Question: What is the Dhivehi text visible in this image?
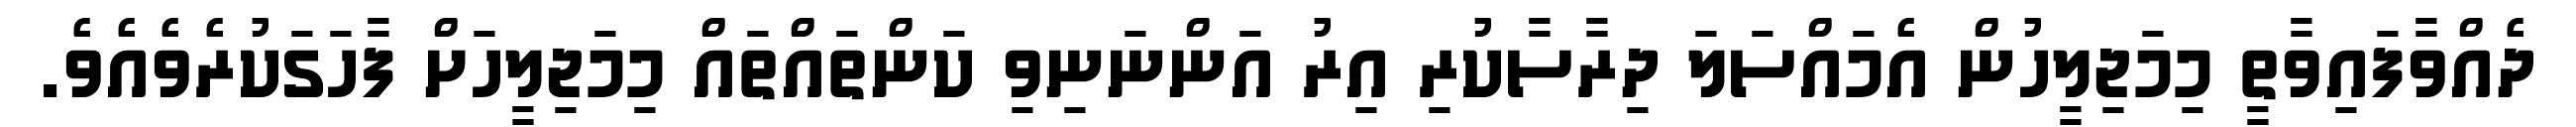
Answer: ދެއްވާފައިވާތީ މިމަޖިލީހުން އެމައްސަލަ ދިރާސާކުރި އިރު އަންނަނިވި ކަންތައްތައް މިމަޖިލީހަށް ފާހަގަކުރެވެއެވެ.